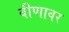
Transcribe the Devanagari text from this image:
वीणावर